Burma Government Medical School reports 1923-41
Year: 1923
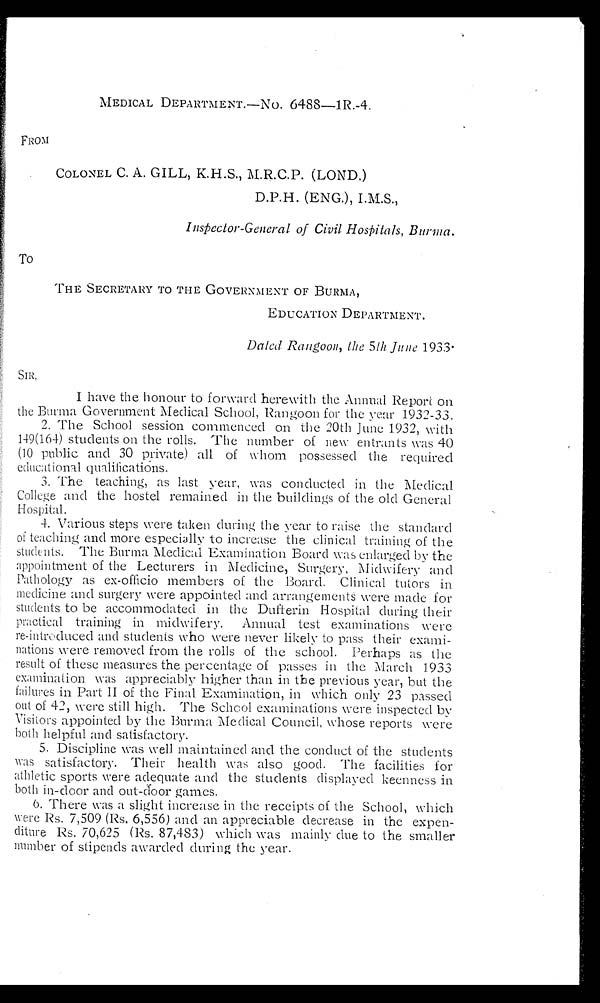
MEDICAL DEPARTMENT.—NO. 6488–1R.-4.
FROM
COLONEL C. A. GILL, K.H.S., M.R.C.P. (LOND.)
D.P.H. (ENG.), I.M.S.,
To
InsPector-General of Civil Hospitals, Burma.
THE SECRETARY TO THE GOVERNMENT OF BURMA,
EDUCATION DEPARTMENT.
Dated Rangoon, the 5th June 1933.
I have the honour to forward herewith the Annual Report on
the Burma Government Medical School, Rangoon for the year 1932-33.
2.The School session commenced on the 20th June 1932, with
149(164) st udent s on t he rol l s. The number of new ent rant s was 40
(10 public and 30 private) all of whom possessed the required
educational qualifications.
3.The teaching, as last year, was conducted in the Medical
College and the hostel remained in the buildings of the old General
Hospital.
4.Various steps were taken during the year to raise the standard
of teaching and more especially to increase the clinical training of the
students. The Burma Medical Examination Board was enlarged by the
appointment of the Lecturers in Medicine, Surgery, Midwifery and
Pathology as ex-officio members of the Board. Clinical tutors in
medicine and surgery were appointed and arrangements were made for
students to be accommodated in the Dufferin Hospital during their
practical training in midwifery. Annual test examinations were
re-introduced and students who were never likely to pass their exami-
nations were removed from the rolls of the school. Perhaps as the
result of these measures the percentage of passes in the March 1933
examination was appreciably higher than in the previous year, but the
failures in Part II of the Final Examination, in which only 23 passed
out of 42, were still high. The School examinations were inspected by
Visitors appointed by the Burma Medical Council, whose reports were
both helpful and satisfactory.
5. Discipline was well maintained and the conduct of the students
was satisfactory. Their health was also good. The facilities for
athletic sports were adequate and the students displayed keenness in
both in-door and out-door games.
6.There was a slight increase in the receipts of the School, which
were Rs. 7,509 (Rs. 6,556) and an appreciable decrease in the expen-
diture Rs. 70,625 (Rs. 87,483) which was mainly due to the smaller
number of stipends awarded during the year.